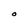
Character: O